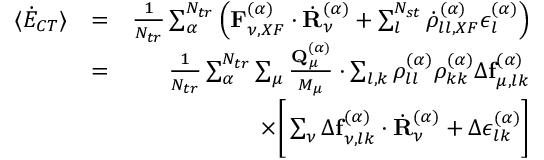
\begin{array} { r l r } { \langle \dot { E } _ { C T } \rangle } & { = } & { \frac { 1 } { N _ { t r } } \sum _ { \alpha } ^ { N _ { t r } } \left( \mathbf { F } _ { \nu , X F } ^ { ( \alpha ) } \cdot \dot { \mathbf { R } } _ { \nu } ^ { ( \alpha ) } + \sum _ { l } ^ { N _ { s t } } \dot { \rho } _ { l l , X F } ^ { ( \alpha ) } \epsilon _ { l } ^ { ( \alpha ) } \right) } \\ & { = } & { \frac { 1 } { N _ { t r } } \sum _ { \alpha } ^ { N _ { t r } } \sum _ { \mu } \frac { \mathbf { Q } _ { \mu } ^ { ( \alpha ) } } { M _ { \mu } } \cdot \sum _ { l , k } \rho _ { l l } ^ { ( \alpha ) } \rho _ { k k } ^ { ( \alpha ) } \Delta \mathbf { f } _ { \mu , l k } ^ { ( \alpha ) } } \\ & { } & { \times \Bigg [ \sum _ { \nu } \Delta \mathbf { f } _ { \nu , l k } ^ { ( \alpha ) } \cdot \dot { \mathbf { R } } _ { \nu } ^ { ( \alpha ) } + \Delta \epsilon _ { l k } ^ { ( \alpha ) } \Bigg ] } \end{array}